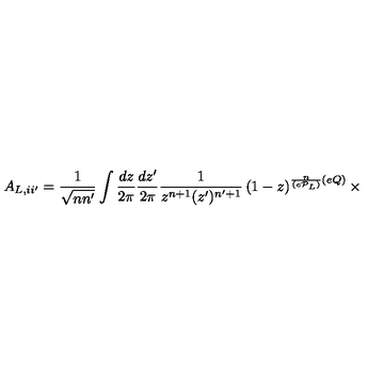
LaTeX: A _ { L , i i ^ { \prime } } = \frac { 1 } { \sqrt { n n ^ { \prime } } } \int \frac { d z } { 2 \pi } \frac { d z ^ { \prime } } { 2 \pi } \frac { 1 } { z ^ { n + 1 } ( z ^ { \prime } ) ^ { n ^ { \prime } + 1 } } \left( 1 - z \right) ^ { \frac { n } { ( e { \cal P } _ { L } ) } ( e Q ) } \times